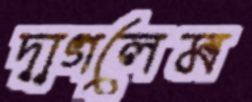
দাগলেম